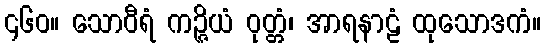
၄၆၀။ သောဝီရံ ကဉ္ဇိယံ ဝုတ္တံ၊ အာရနာဠံ ထုသောဒကံ။